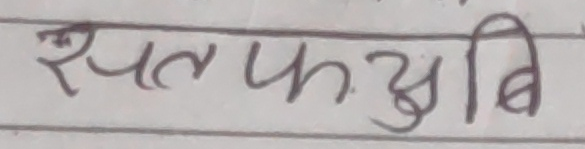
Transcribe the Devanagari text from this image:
रुपलफअयुबि